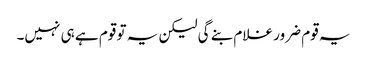
یہ قوم ضرور غلام بنے گی لیکن یہ تو قوم ہے ہی نہیں۔